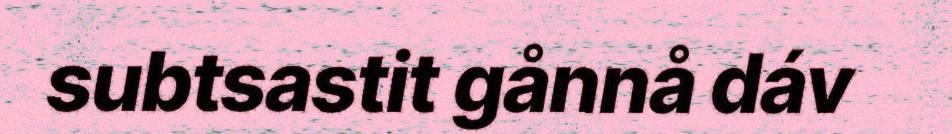
subtsastit gånnå dáv